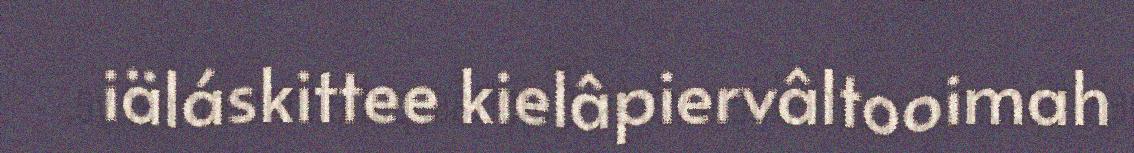
iäláskittee kielâpiervâltooimah